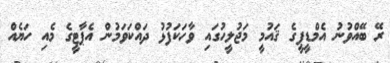
ރޭ ބޭއްވުނު އެމްޑީޕީގެ ޤައުމީ މަޖުލީހުގައި ވާހަކަފުޅު ދައްކަވަމުން އެޕާޓީގެ މެއި ހަޔެއް